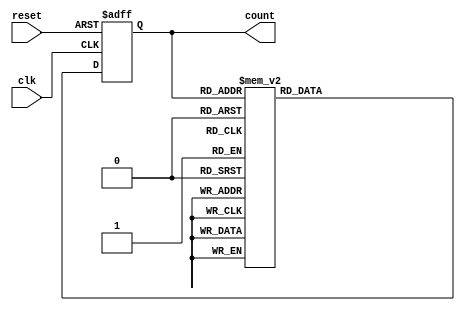
module DecadeRingCounter (
    input wire clk,          // Clock input
    input wire reset,        // Reset input
    output reg [3:0] count   // 4-bit output representing the current state
);

// Always block triggered on the rising edge of the clock or when reset is active
always @(posedge clk or posedge reset) begin
    if (reset) begin
        // Reset the counter to '0000'
        count <= 4'b0000;
    end else begin
        // State transition logic for the decade ring counter
        case (count)
            4'b0000: count <= 4'b0001;
            4'b0001: count <= 4'b0010;
            4'b0010: count <= 4'b0011;
            4'b0011: count <= 4'b0100;
            4'b0100: count <= 4'b0101;
            4'b0101: count <= 4'b0110;
            4'b0110: count <= 4'b0111;
            4'b0111: count <= 4'b1000;
            4'b1000: count <= 4'b1001;
            4'b1001: count <= 4'b0000; // Wrap around to '0000' after '1001'
            default: count <= 4'b0000; // Default case to handle unexpected states
        endcase
    end
end

endmodule